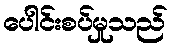
ပေါင်းစပ်မှုသည်